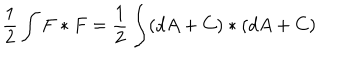
{ \frac { 1 } { 2 } } \int F * F = { \frac { 1 } { 2 } } \int ( d A + C ) * ( d A + C )